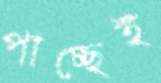
পাচ্ছেই